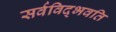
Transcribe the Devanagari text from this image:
सर्वविद्‍भवति